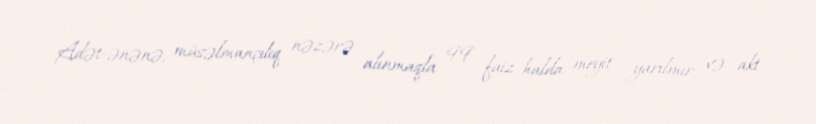
Adət-ənənə, müsəlmançılıq nəzərə alınmaqla 99 faiz halda meyit yarılmır və akt